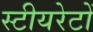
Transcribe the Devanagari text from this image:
स्टीयरेटों